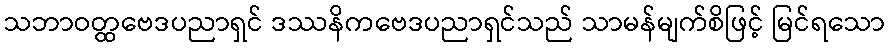
သဘာဝတ္ထဗေဒပညာရှင် ဒဿနိကဗေဒပညာရှင်သည် သာမန်မျက်စိဖြင့် မြင်ရသော